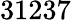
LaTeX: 31237